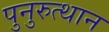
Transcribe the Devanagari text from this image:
पुनुरुत्थान